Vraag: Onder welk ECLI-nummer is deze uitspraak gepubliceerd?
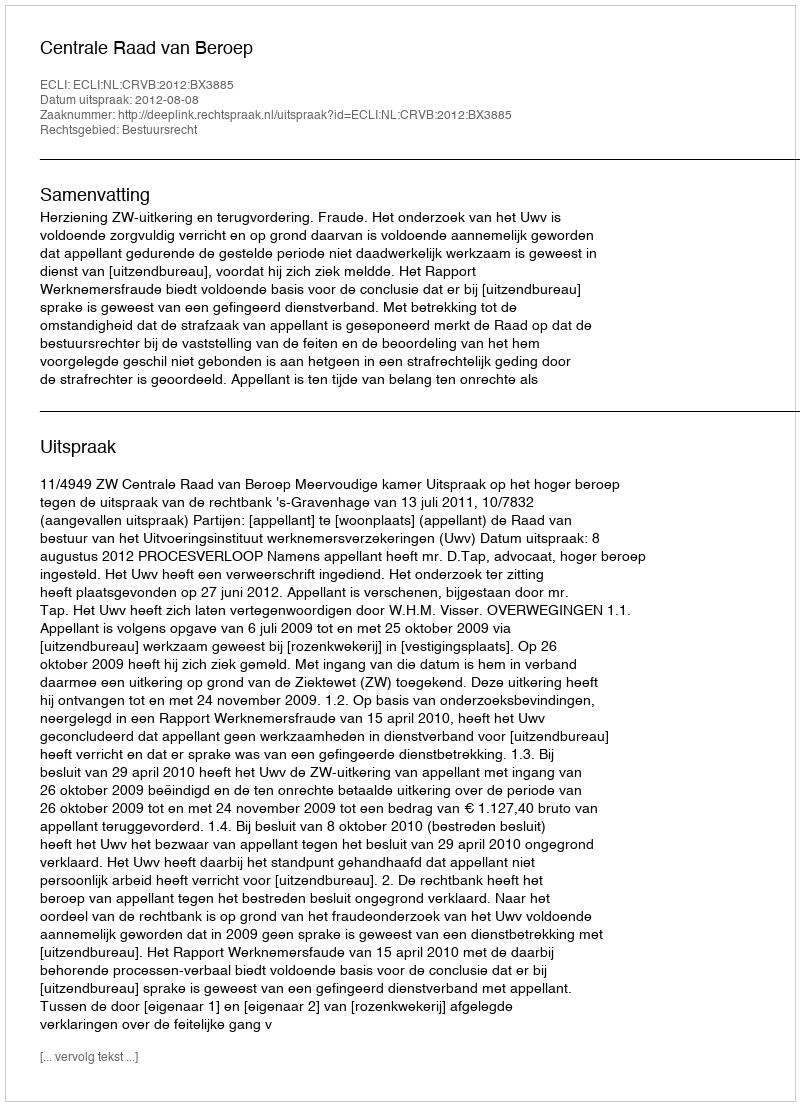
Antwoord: ECLI:NL:CRVB:2012:BX3885